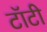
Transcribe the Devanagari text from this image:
टॉटी